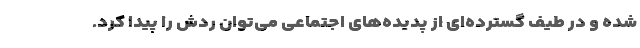
شده و در طیف گسترده‌ای از پدیده‌های اجتماعی می‌توان ردش را پیدا کرد.